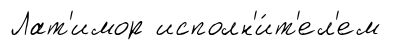
Лат'имор исполн'и́т'ел'ем